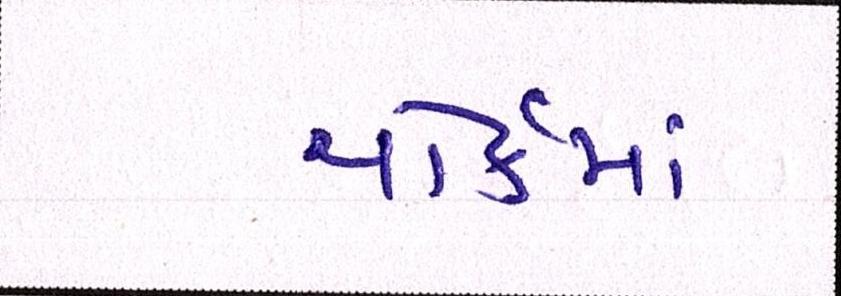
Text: યોર્કમાં